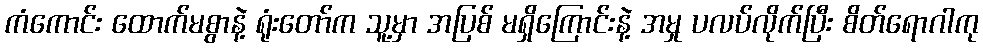
ကံကောင်း ထောက်မစွာနဲ့ ရုံးတော်က သူ့မှာ အပြစ် မရှိကြောင်းနဲ့ အမှု ပလပ်လိုက်ပြီး စိတ်ရောဂါကု